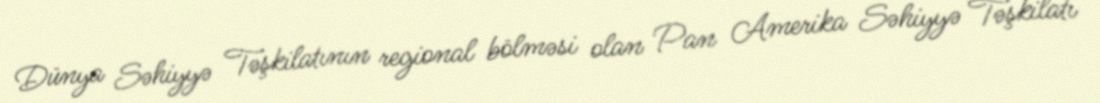
Dünya Səhiyyə Təşkilatının regional bölməsi olan Pan Amerika Səhiyyə Təşkilatı